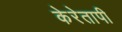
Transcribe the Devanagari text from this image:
केरेतापी